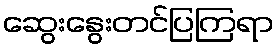
ဆွေးနွေးတင်ပြကြရာ